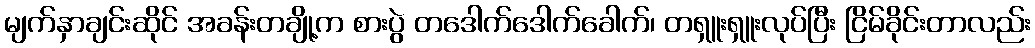
မျက်နှာချင်းဆိုင် အခန်းတချို့က စားပွဲ တဒေါက်ဒေါက်ခေါက်၊ တရှူးရှူးလုပ်ပြီး ငြိမ်ခိုင်းတာလည်း